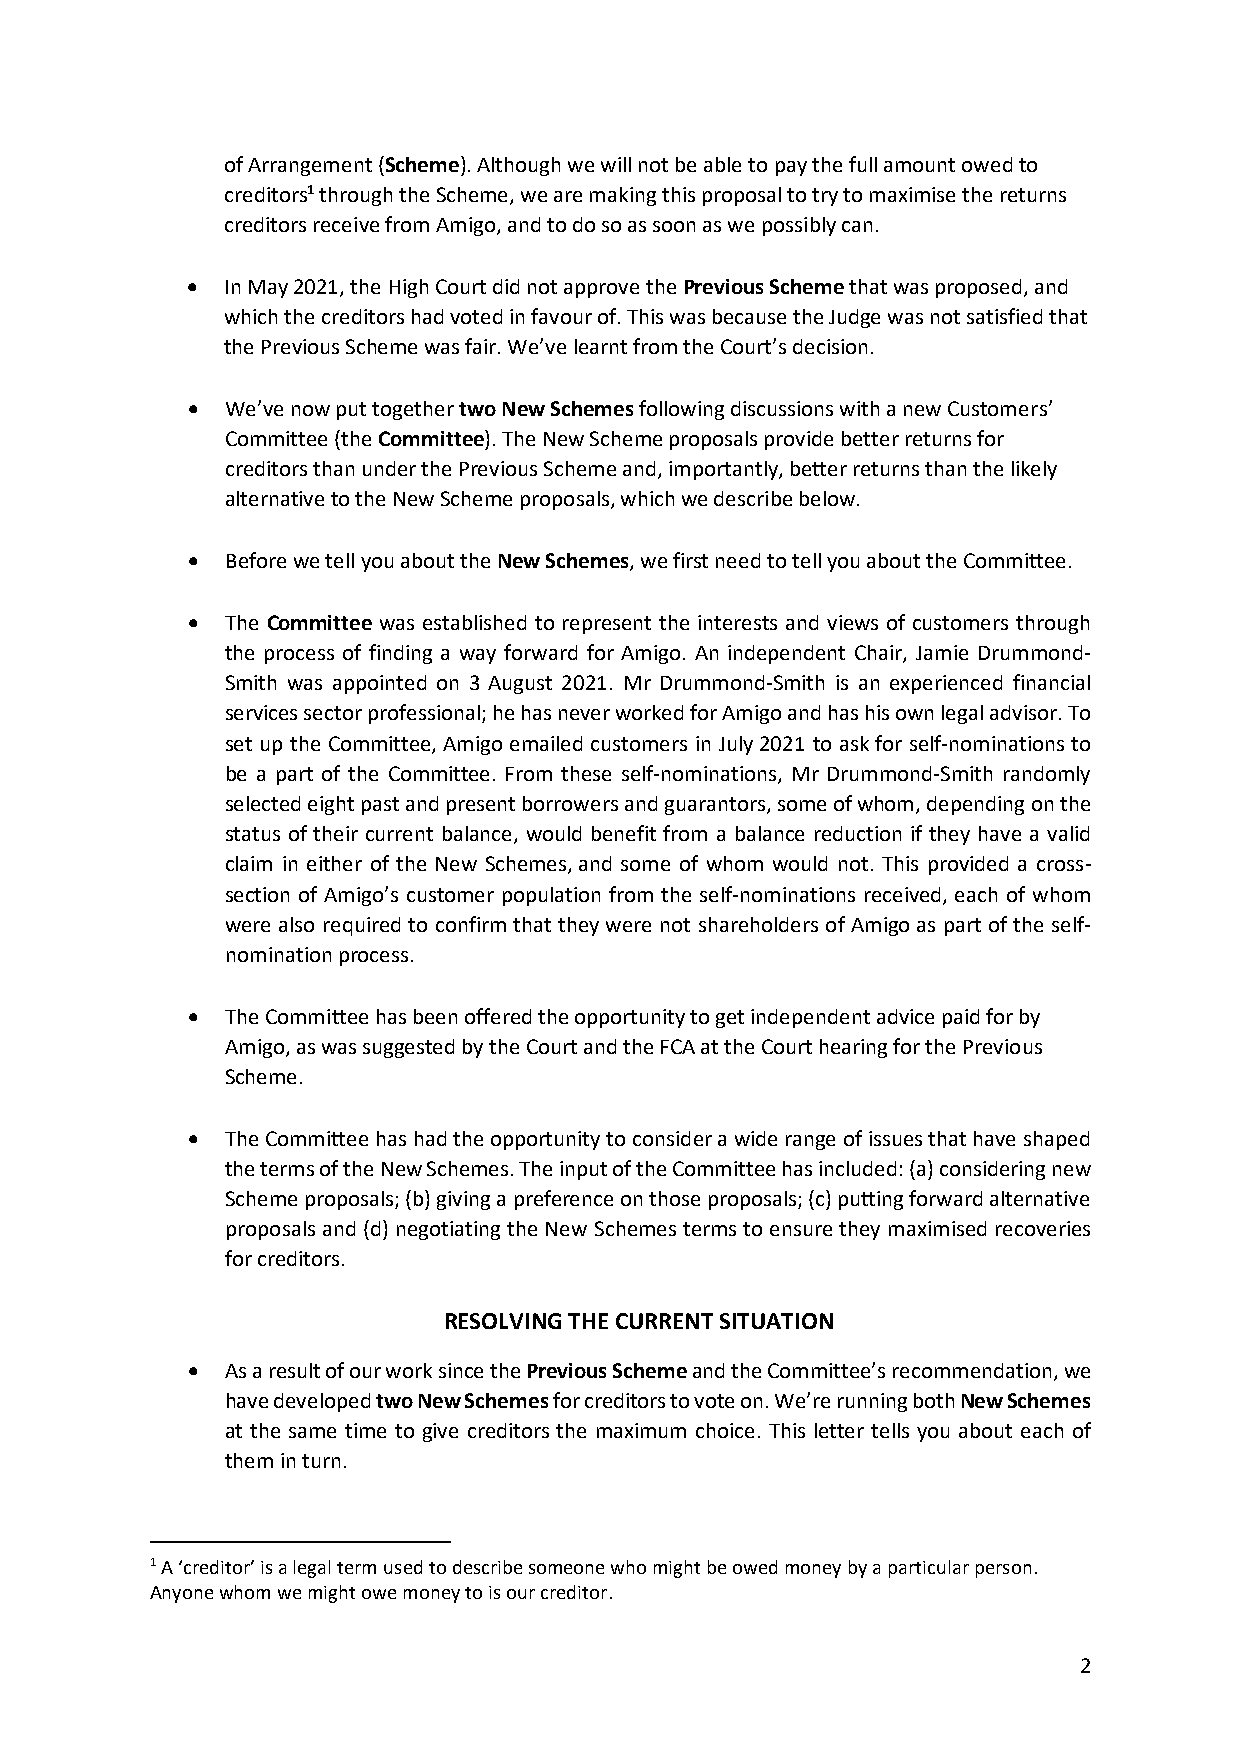
of Arrangement (Scheme). Although we will not be able to pay the full amount owed to
 creditors1 through the Scheme, we are making this proposal to try to maximise the returns
 creditors receive from Amigo, and to do so as soon as we possibly can.
   In May 2021, the High Court did not approve the Previous Scheme that was proposed, and
 which the creditors had voted in favour of. This was because the Judge was not satisfied that
 the Previous Scheme was fair. We’ve learnt from the Court’s decision.
   We’ve now put together two New Schemes following discussions with a new Customers’
 Committee (the Committee). The New Scheme proposals provide better returns for
 creditors than under the Previous Scheme and, importantly, better returns than the likely
 alternative to the New Scheme proposals, which we describe below.
   Before we tell you about the New Schemes, we first need to tell you about the Committee.
   The Committee was established to represent the interests and views of customers through
 the process of finding a way forward for Amigo. An independent Chair, Jamie Drummond-
 Smith was appointed on 3 August 2021. Mr Drummond-Smith is an experienced financial
 services sector professional; he has never worked for Amigo and has his own legal advisor. To
 set up the Committee, Amigo emailed customers in July 2021 to ask for self-nominations to
 be a part of the Committee. From these self-nominations, Mr Drummond-Smith randomly
 selected eight past and present borrowers and guarantors, some of whom, depending on the
 status of their current balance, would benefit from a balance reduction if they have a valid
 claim in either of the New Schemes, and some of whom would not. This provided a cross-
 section of Amigo’s customer population from the self-nominations received, each of whom
 were also required to confirm that they were not shareholders of Amigo as part of the self-
 nomination process.
   The Committee has been offered the opportunity to get independent advice paid for by
 Amigo, as was suggested by the Court and the FCA at the Court hearing for the Previous
 Scheme.
   The Committee has had the opportunity to consider a wide range of issues that have shaped
 the terms of the New Schemes. The input of the Committee has included: (a) considering new
 Scheme proposals; (b) giving a preference on those proposals; (c) putting forward alternative
 proposals and (d) negotiating the New Schemes terms to ensure they maximised recoveries
 for creditors.
 RESOLVING THE CURRENT SITUATION
   As a result of our work since the Previous Scheme and the Committee’s recommendation, we
 have developed two New Schemes for creditors to vote on. We’re running both New Schemes
 at the same time to give creditors the maximum choice. This letter tells you about each of
 them in turn.
 1 A ‘creditor’ is a legal term used to describe someone who might be owed money by a particular person.
 Anyone whom we might owe money to is our creditor.
 2